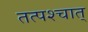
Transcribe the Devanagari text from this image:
तत्पश्‍चात्